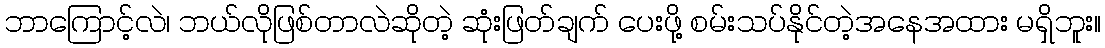
ဘာကြောင့်လဲ၊ ဘယ်လိုဖြစ်တာလဲဆိုတဲ့ ဆုံးဖြတ်ချက် ပေးဖို့ စမ်းသပ်နိုင်တဲ့အနေအထား မရှိဘူး။